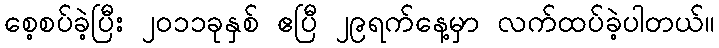
စေ့စပ်ခဲ့ပြီး ၂ဝ၁၁ခုနှစ် ဧပြီ ၂၉ရက်နေ့မှာ လက်ထပ်ခဲ့ပါတယ်။